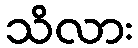
သိလား